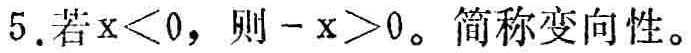
5.若\(x<0\)，则\(-x>0\)。简称变向性。